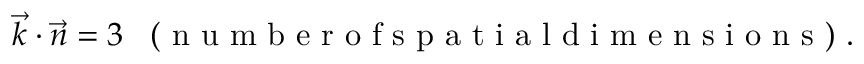
\vec { k } \cdot \vec { n } = 3 \enspace \mathrm { ~ ( ~ n ~ u ~ m ~ b ~ e ~ r ~ o ~ f ~ s ~ p ~ a ~ t ~ i ~ a ~ l ~ d ~ i ~ m ~ e ~ n ~ s ~ i ~ o ~ n ~ s ~ ) ~ } .